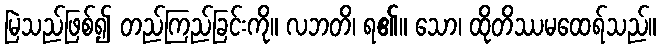
မြဲသည်ဖြစ်၍ တည်ကြည်ခြင်းကို။ လဘတိ၊ ရ၏။ သော၊ ထိုတိဿမထေရ်သည်။